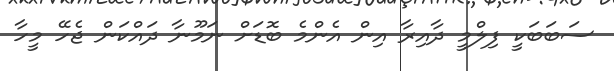
ސަބަބަކީ ފިލްމީ ދާއިރާ އިން އެންމެ ބޮޑަށް ނަމޫނާ ދައްކަން ޖެހޭ މީހާ